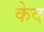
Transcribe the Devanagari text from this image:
केद